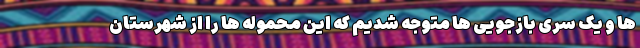
ها و یک سری بازجویی ها متوجه شدیم که این محموله ها را از شهرستان